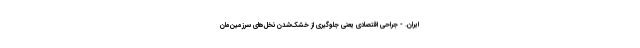
ایران. - جراحی اقتصادی یعنی جلوگیری از خشک‌شدن نخل‌های سرزمین‌مان